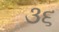
૩૬